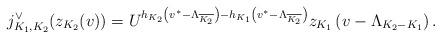
LaTeX: \begin{align*}j^{\vee}_{K_1,K_2}(z_{K_2}(v))=U^{h_{K_2}\left(v^*-\Lambda_{\overline{K_2}}\right)-h_{K_1}\left(v^*-\Lambda_{\overline{K_2}}\right)}z_{K_1}\left(v-\Lambda_{K_2-K_1}\right).\end{align*}